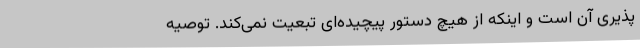
‌پذیری آن است و اینکه از هیچ دستور پیچیده‌ای تبعیت نمی‌کند. توصیه